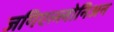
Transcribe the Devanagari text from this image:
जगिएल्लोनिअन